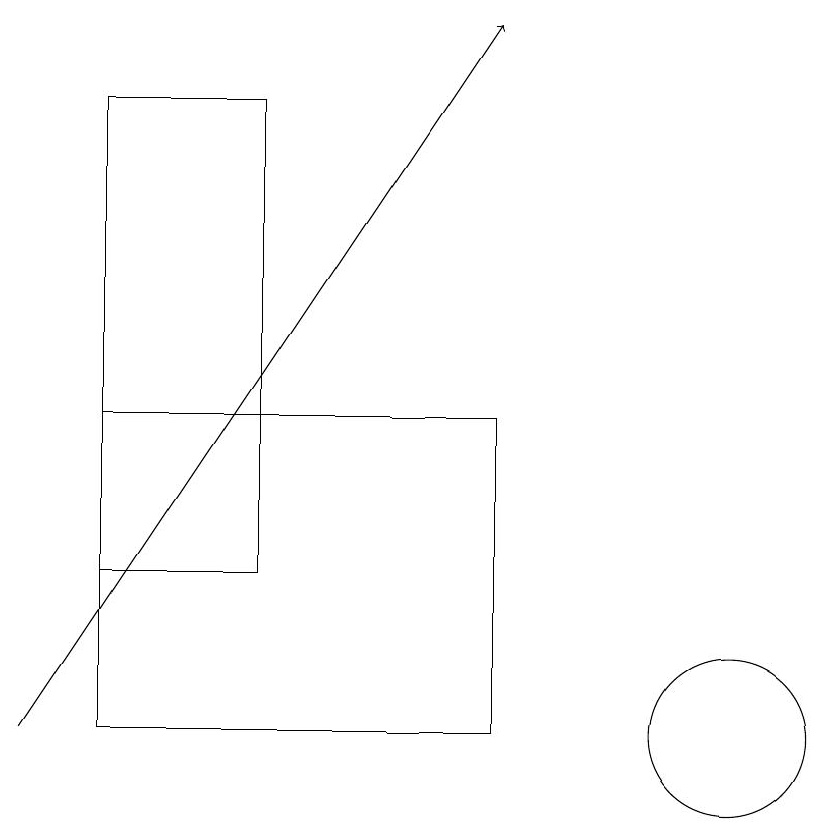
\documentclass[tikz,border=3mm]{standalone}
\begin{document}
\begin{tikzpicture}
\draw (11,10) circle (1);
\draw (3,12) rectangle (5,18);
\draw[->] (2,10) -- (8,19);
\draw (8,14) rectangle (3,10);
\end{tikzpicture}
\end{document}